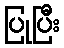
ပြုပြီး